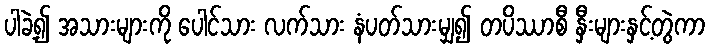
ပါခဲ့၍ အသားများကို ပေါင်သား လက်သား နံပတ်သားမျှ၍ တပိဿာစီ နှီးများနှင့်တွဲကာ